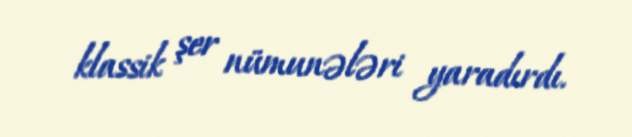
klassik şer nümunələri yaradırdı.